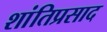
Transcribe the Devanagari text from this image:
शांतिप्रसाद